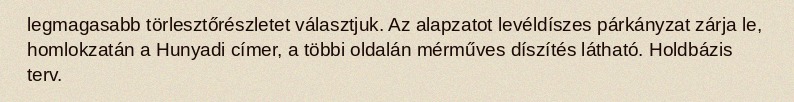
legmagasabb törlesztőrészletet választjuk. Az alapzatot levéldíszes párkányzat zárja le, homlokzatán a Hunyadi címer, a többi oldalán mérműves díszítés látható. Holdbázis terv.